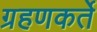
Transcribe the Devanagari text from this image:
ग्रहणकर्ते